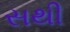
સથી